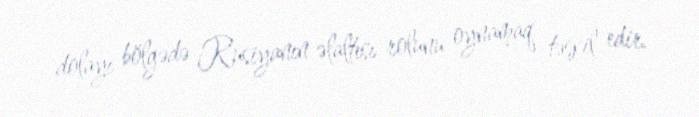
dolayı bölgədə Rusiyanın əlaltısı rolunu oynamaq təşkil edir.